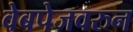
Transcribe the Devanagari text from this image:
वेबपेजवरुन